Sanitation, dispensaries and jails vaccination Rajputana 1922-1927 - 1922-1927
Year: 1922
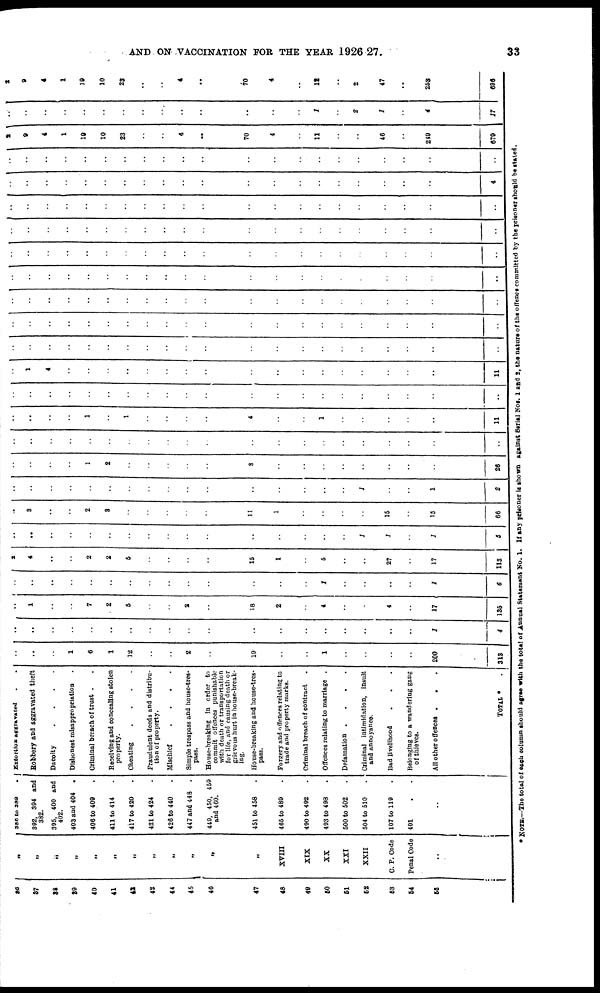
AND ON VACCINATION FOR THE YEAR 1926 27.
33
36
37
38
39
40
41
42
43
44
45
46
47
48
49
50
51
52
53
54
55
„
„
„
„
„
„
„
„
„
„
„
„
XVIII
XIX
XX
XXI
XXII
C. P. Code
Penal Code
..
380 to 380
.
392, 304 and
382.
395, 400 and
402.
403 and 404 .
406 to 400 .
411 to 414 .
417 to 420 .
421 to 424 .
426 to 440 .
447 and 448 .
449, 450, 450
and 460.
451 to 458 .
465 to 489 .
490 to 402 .
403 to 498 .
500 to 502 .
504 to 510 .
107 to 119 . .
401 . . .
..
Extortion aggreavated . . . .
Robbery and aggravated theft
Dacoity
.
.
.
.
.
Dishonest misappropriation .
Criminal breach of trust .
Receiving and concealing stolen
property.
Cheating
.
.
.
.
.
Fraudulent deeds and distribu-
tion of property.
Mischief
.
.
.
.
.
Simple trespass and house-tres-
pass.
House-breaking in order to
commit offences punishable
with death or transportation
for life, and causing death or
grievous hurt in house-break-
ing.
House-breaking and house-tres-
pass.
Forgery and offences relating to
trade and property marks.
Criminal breach of contract .
Offences relating to marriage .
Defamation . . . . .
Criminal intimidation, insult
and annoyance.
Bad livelihood . . .
Belonging to a wandering gang
of thieves.
All other offences . . .
TOTAL * .
..
..
..
1
6
1
12
..
..
2
..
10
..
..
1
..
..
..
..
200
313
..
..
..
..
..
..
..
..
..
..
..
..
..
..
..
..
..
..
..
1
4
..
1
..
..
7
2
5
..
..
2
..
18
2
..
4
..
..
4
..
17
135
..
..
..
..
..
..
..
..
..
..
..
..
..
..
1
..
..
..
..
1
6
2
4
..
..
2
2
5
..
..
..
..
15
1
..
5
..
....
27
..
17
113
..
..
..
..
..
..
..
..
..
..
..
..
..
..
..
..
1
1
..
1
5
..
3
..
..
2
3
..
..
..
..
..
11
1
..
..
..
..
15
..
15
66
..
..
..
..
..
..
..
..
..
..
..
..
..
..
..
..
1
..
..
1
2
..
..
..
..
1
2
..
..
..
..
..
3
..
..
..
..
..
..
..
..
26
..
..
..
..
..
..
..
..
..
..
..
..
..
..
..
..
..
..
..
..
..
..
..
..
..
1
..
1
..
..
..
..
4
..
..
1
..
..
..
..
..
11
..
..
..
..
..
..
..
..
..
..
..
..
..
..
..
..
..
..
..
..
..
..
1
4
..
..
..
..
..
..
..
..
..
..
..
..
..
..
..
..
..
11
..
..
..
..
..
..
..
..
..
..
..
..
..
..
..
..
..
..
..
..
..
..
..
..
..
..
..
..
..
..
..
..
..
..
..
..
..
..
..
..
..
..
..
..
..
..
..
..
..
..
..
..
..
..
..
..
..
..
..
..
..
..
..
..
..
..
..
..
..
..
..
..
..
..
..
..
..
..
..
..
..
..
..
..
..
..
..
..
..
..
..
..
..
..
..
..
..
..
..
..
..
..
..
..
..
..
..
..
..
..
..
..
..
..
..
..
..
..
..
..
..
..
..
..
..
..
..
..
..
..
..
..
..
..
..
..
..
..
..
..
..
..
..
..
..
..
..
..
..
..
..
..
..
..
..
..
..
..
..
..
..
..
..
..
..
..
..
4
..
..
..
..
..
..
..
..
..
..
..
..
..
..
..
..
..
..
..
..
..
2
9
4
1
19
10
23
..
..
4
..
70
4
..
11
..
..
46
..
249
670
..
..
..
..
..
..
..
..
..
..
..
..
..
..
1
..
2
1
..
4
17
2
9
4
1
19
10
23
..
..
4
..
70
4
..
12
..
2
47
..
253
595
* NOTE.—The total of each column should agree with the total of Annual Statement No. 1. If any prisoner is shown against Serial Nos. 1 and 2, the nature of the offence committed by the prisoner should be stated.